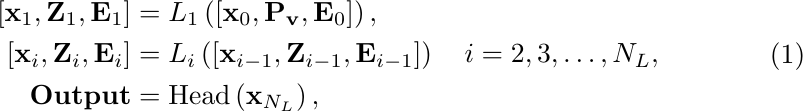
\begin{equation}
    \label{prompted encoder}
    \begin{aligned}
    {\left[\mathbf{x}_{1}, \mathbf{Z}_{1}, \mathbf{E}_{1}\right] } & =L_{1}\left(\left[\mathbf{x}_{0}, \mathbf{P_{v}}, \mathbf{E}_{0}\right]\right), \\
    {\left[\mathbf{x}_{i}, \mathbf{Z}_{i}, \mathbf{E}_{i}\right] } & =L_{i}\left(\left[\mathbf{x}_{i-1}, \mathbf{Z}_{i-1}, \mathbf{E}_{i-1}\right]\right) \quad i=2,3, \ldots, N_L, \\
    \mathbf{Output} & =\operatorname{Head}\left(\mathbf{x}_{N_L}\right),
    \end{aligned}
\end{equation}